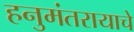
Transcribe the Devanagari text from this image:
हनुमंतरायाचे